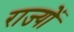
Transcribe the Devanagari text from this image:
राज्योें